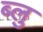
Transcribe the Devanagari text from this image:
ब्‍लु